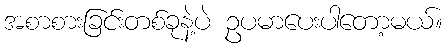
အစာစားခြင်းတစ်ခုနဲ့ပဲ ဥပမာပေးပါတော့မယ်။